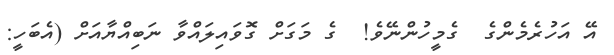
އޭ އަހުރެމެންގެ  ގެމީހުންނޭވެ!  ގެ މަގަށް ގޮވައިލައްވާ ނަބިއްޔާއަށް (އެބަހީ: